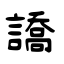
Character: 譑